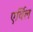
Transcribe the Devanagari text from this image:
एर्विल